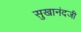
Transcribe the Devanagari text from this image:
सुखानंदजी